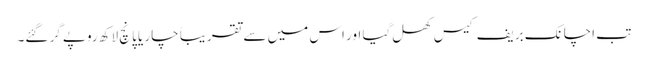
تب اچانک بریف کیس کھل گیا اور اس میں سے تقریباً چار یا پانچ لاکھ روپے گر گئے۔